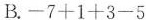
B.$$-7+1+3-5$$